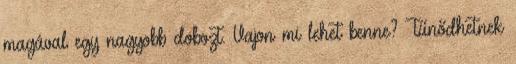
magával egy nagyobb dobozt. Vajon mi lehet benne? Tűnődhetnek